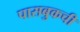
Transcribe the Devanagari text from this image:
पासबुकची